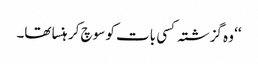
‘‘ وہ گزشتہ کسی بات کو سوچ کر ہنسا تھا۔